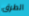
الطرق